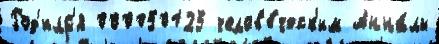
Род'илс'я 000050125 челов'е́ческ'им Анна́лы